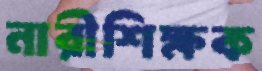
নারীশিক্ষক